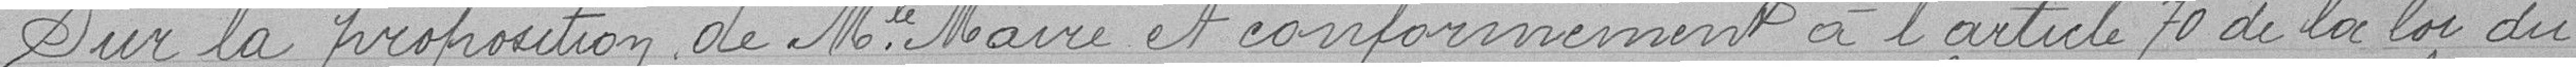
Sur la proposition de M le Maire et conformément à l'article 70 de la loi du